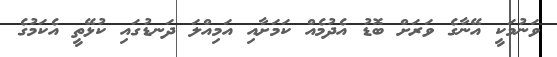
ވަނުމަކީ އޭނާގެ ވަރަށް ބޮޑު އެދުމެއް ކަމަށާއި އަމިއްލަ ދަނޑުގައި ކުޅޭތީ އެކަމުގެ